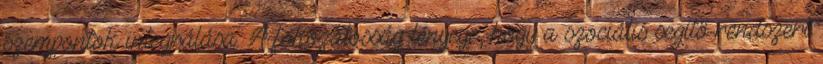
szempontok integrálása. A fokozatosság lényege, hogy a szociális segítő-rendszert